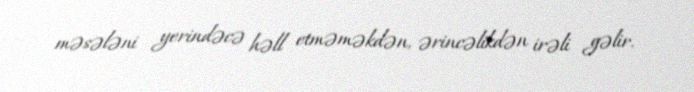
məsələni yerindəcə həll etməməkdən, ərincəlikdən irəli gəlir.